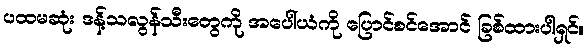
ပထမဆုံး ဒန့်သလွန်သီးတွေကို အပေါ်ယံကို ပြောင်စင်အောင် ခြစ်ထားပါရှင်။